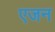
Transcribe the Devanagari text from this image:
एजन